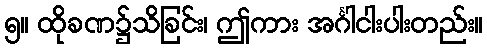
၅။ ထိုခဏ၌သိခြင်း၊ ဤကား အင်္ဂါငါးပါးတည်း။